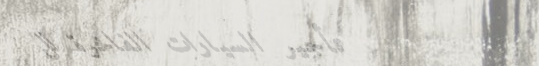
تأجير السيارات الفاخرة لل